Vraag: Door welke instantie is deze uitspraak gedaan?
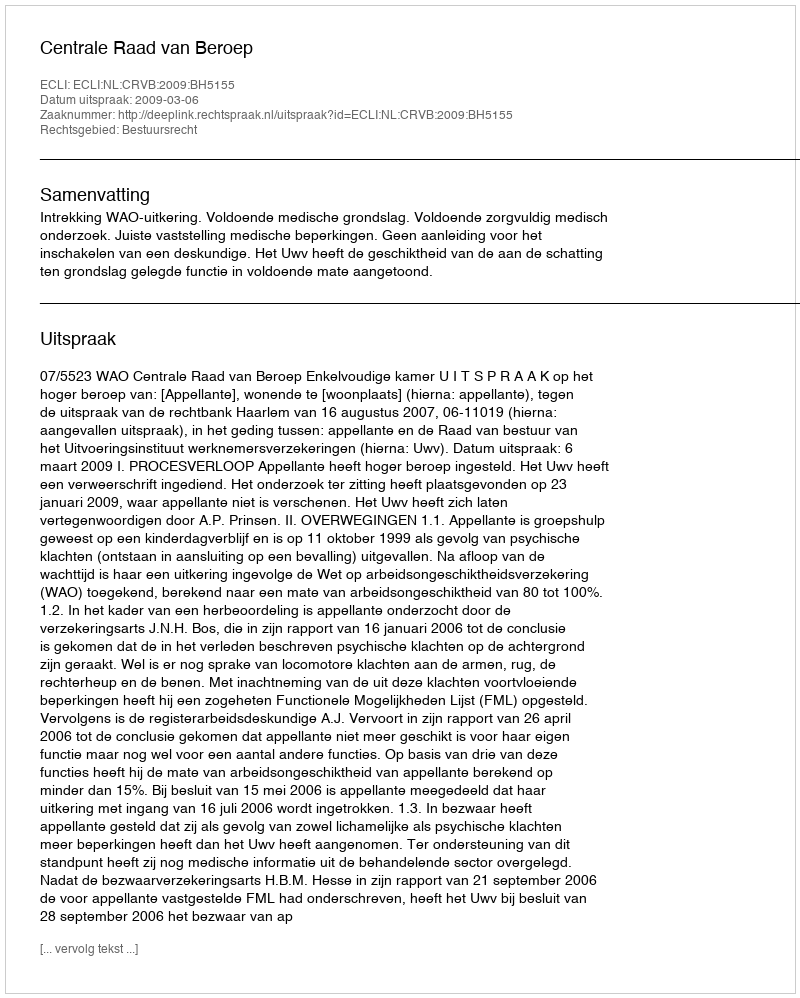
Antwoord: Centrale Raad van Beroep